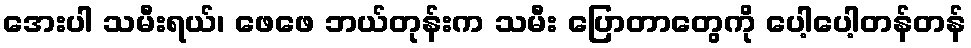
အေးပါ သမီးရယ်၊ ဖေဖေ ဘယ်တုန်းက သမီး ပြောတာတွေကို ပေါ့ပေါ့တန်တန်